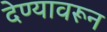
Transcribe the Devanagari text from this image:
देण्यावरून